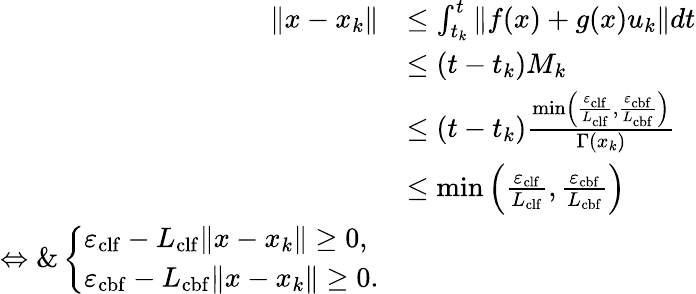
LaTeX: \begin{array}{r}{\begin{array}{rl}{\| x-x_{k}\| }&{\leq\int_{t_{k}}^{t}\| f(x)+g(x)u_{k}\| dt}\\ &{\leq(t-t_{k})M_{k}}\\ &{\leq(t-t_{k})\frac{\operatorname*{min}\left(\frac{\varepsilon_{\mathrm{clf}}}{L_{\mathrm{clf}}},\frac{\varepsilon_{\mathrm{cbf}}}{L_{\mathrm{cbf}}}\right)}{\Gamma(x_{k})}}\\ &{\leq\operatorname*{min}\left(\frac{\varepsilon_{\mathrm{clf}}}{L_{\mathrm{clf}}},\frac{\varepsilon_{\mathrm{cbf}}}{L_{\mathrm{cbf}}}\right)}\\ {\Leftrightarrow\& \left\{ \begin{array}{ll}{\varepsilon_{\mathrm{clf}}-L_{\mathrm{clf}}\| x-x_{k}\| \geq 0,}\\ {\varepsilon_{\mathrm{cbf}}-L_{\mathrm{cbf}}\| x-x_{k}\| \geq 0.}\end{array}\right.}\end{array}}\end{array}